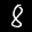
Label: 8